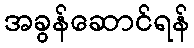
အခွန်ဆောင်ရန်